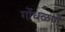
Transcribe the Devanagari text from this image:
गोंधळणे